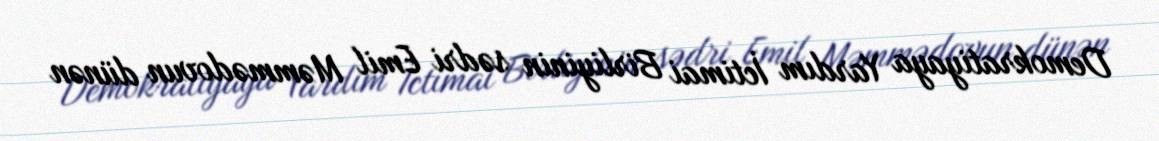
Demokratiyaya Yardım İctimai Birliyinin sədri Emil Məmmədovun dünən